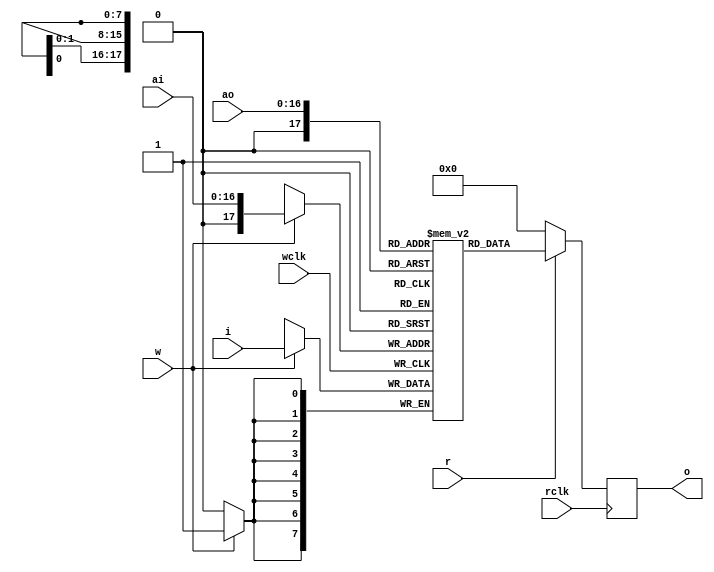

module ram_dp256kx8(input        rclk,
		    input 	 wclk,
		    input [16:0] ai,
		    input [7:0]  i,
		    input [16:0] ao,
		    output [7:0] o,
		    input 	 r,
		    input 	 w);

   reg [7:0] ram[0:262143];
   reg [7:0] d;
   
   wire ram_read;
   wire ram_write;
   assign ram_read = r;
   assign ram_write = w;

   always @(posedge rclk)
     if (ram_read)
       d <= ram[ao];
     else
       d <= 0;

   assign o = d;
   
   always @(posedge wclk)
     if (ram_write)
       ram[ai] <= i;
   
endmodule // ram_dp256kx8